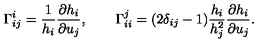
\Gamma _ { i j } ^ { i } = \frac { 1 } { h _ { i } } \frac { \partial h _ { i } } { \partial u _ { j } } , \qquad \Gamma _ { i i } ^ { j } = ( 2 \delta _ { i j } - 1 ) \frac { h _ { i } } { h _ { j } ^ { 2 } } \frac { \partial h _ { i } } { \partial u _ { j } } .